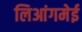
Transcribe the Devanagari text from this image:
लिआंगमेई